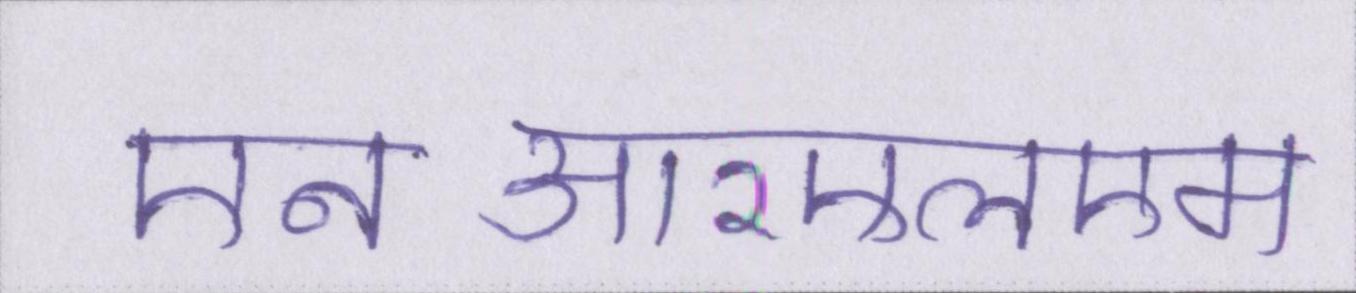
एनआरएलएम